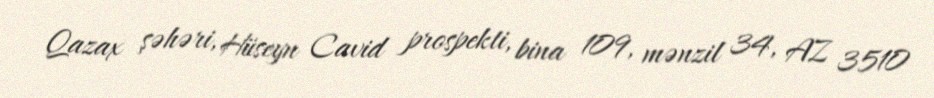
Qazax şəhəri, Hüseyn Cavid prospekti, bina 109, mənzil 34, AZ 3510